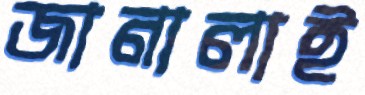
জানালাই